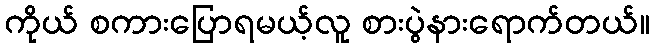
ကိုယ် စကားပြောရမယ့်လူ စားပွဲနားရောက်တယ်။